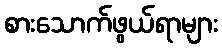
စားသောက်ဖွယ်ရာများ